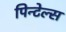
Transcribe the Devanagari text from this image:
पिन्टेल्स